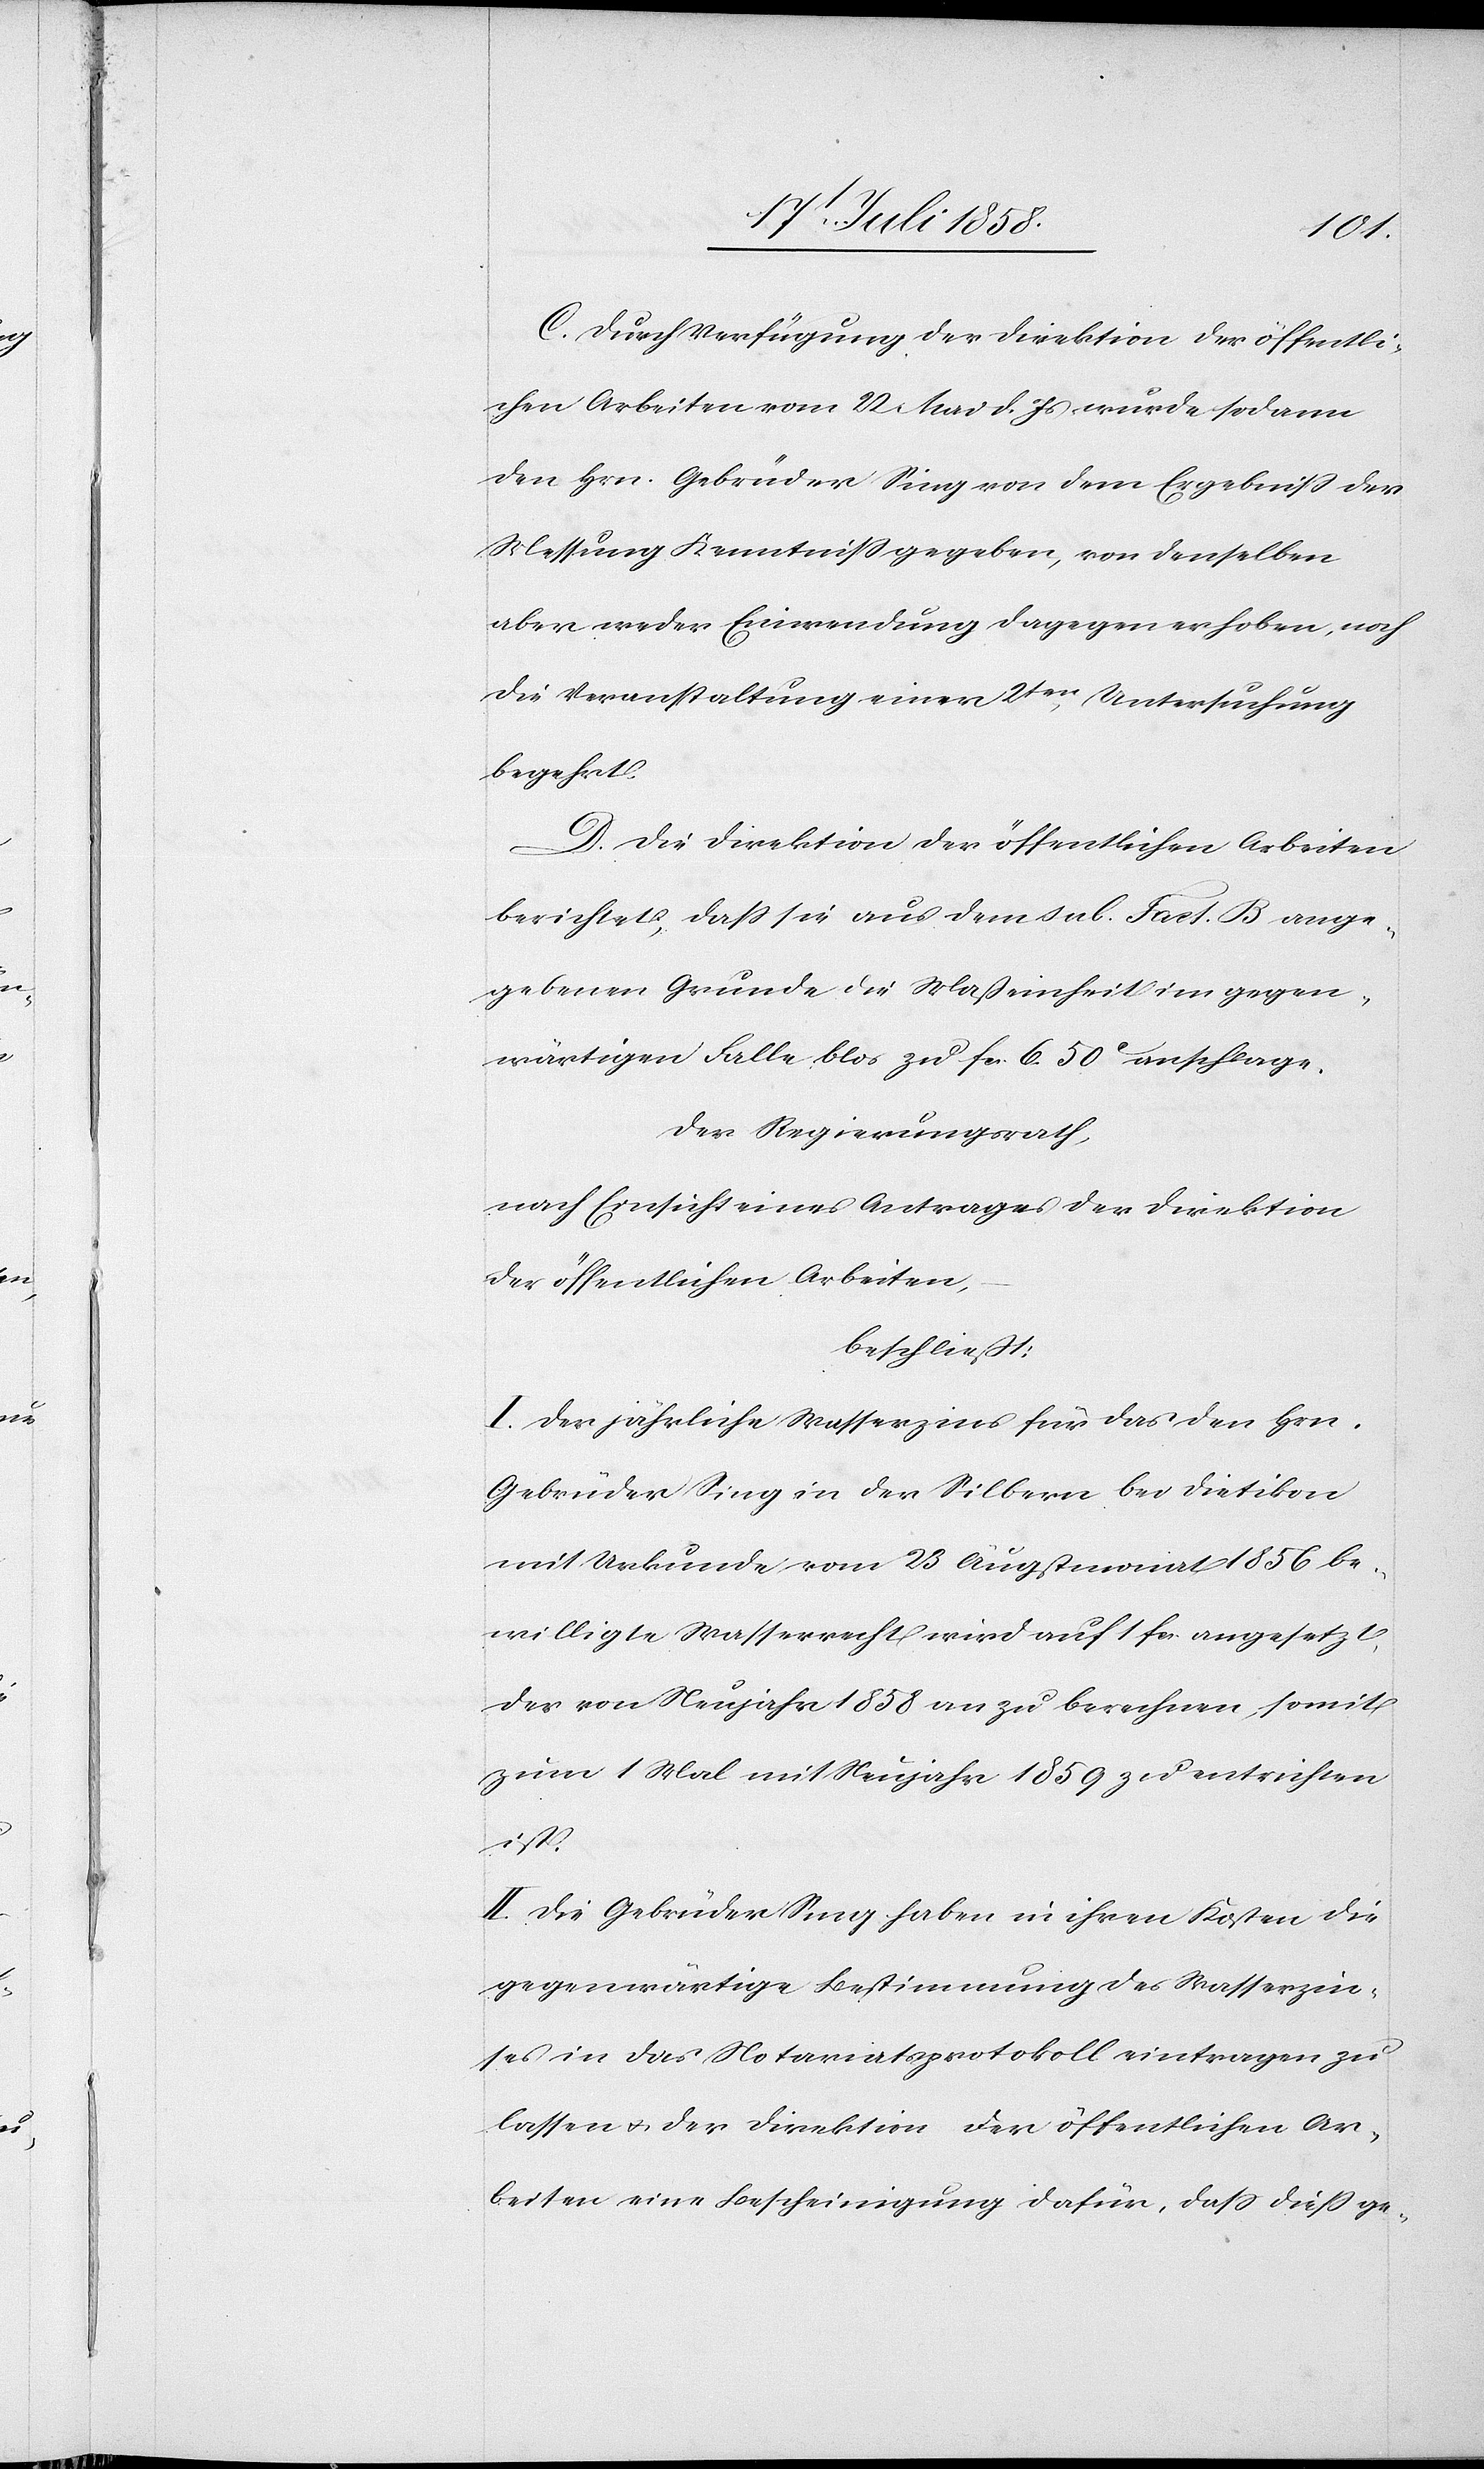
C. Durch Verfügung der Direktion der öffentli¬
chen Arbeiten vom 22 Mai d. Js wurde sodann
den Hrn. Gebrüder Sing von dem Ergebniss der
Messung Kenntniss gegeben, von denselben
aber weder Einwendung dagegen erhoben, noch
die Veranstaltung einer 2ten Untersuchung
begehrt.
D. Die Direktion der öffentlichen Arbeiten
berichtet, dass sie aus dem sub. Fact. B ange¬
gebenen Grunde die Maßeinheit im gegen¬
wärtigen Falle blos zu Fcs. 6. 50C anschlage.
Der Regierungsrath,
nach Einsicht eines Antrages der Direktion
der öffentlichen Arbeiten,
beschließt:
I. Der jährliche Wasserzins für das den Hrn.
Gebrüder Sing in der Silbern bei Dietikon
mit Urkunde vom 23 Augstmonat 1856 be¬
willigte Wasserrecht wird auf 1 Fcs. angesetzt,
der von Neujahr 1858 an zu berechnen, somit
zum 1 Mal mit Neujahr 1859 zu entrichten
ist.
II. Die Gebrüder Sing haben in ihren Kosten die
gegenwärtige Bestimmung des Wasserzin¬
ses in das Notariatsprotokoll eintragen zu
lassen & der Direktion der öffentlichen Ar¬
beiten eine Bescheinigung dafür, dass diess ge-